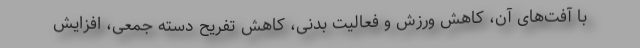
با آفت‌های آن، کاهش ورزش و فعالیت بدنی، کاهش تفریح دسته جمعی، افزایش